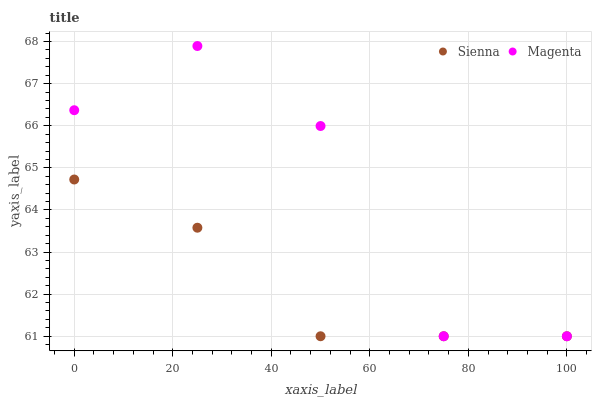
| xaxis_label | Sienna | Magenta |
 | --- | --- | --- |
 | 0 | 64.7 | 66.4 |
 | 25 | 63.6 | 67.9 |
 | 50 | 61 | 66 |
 | 75 | 61 | 61 |
 | 100 | 61 | 61 |